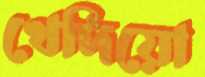
খেদিয়ো